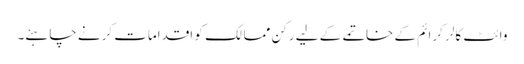
وائٹ کالر کرائم کے خاتمے کے لیے رکن ممالک کو اقدامات کرنے چاہئے۔